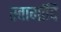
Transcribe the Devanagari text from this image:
स्वार्गादि